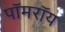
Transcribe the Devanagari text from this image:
पॉमरॉय